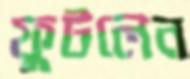
ফুটলেন